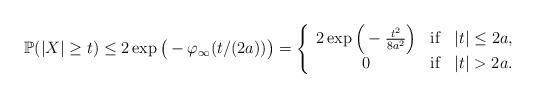
LaTeX: \begin{align*}\mathbb{P}(|X|\ge t)\le 2\exp\big(-\varphi_\infty(t/(2a))\big)=\left\{\begin{array}{ccl}2\exp\Big(-\frac{t^2}{8a^2}\Big) & {\rm if} & |t|\le 2a,\\0 & {\rm if} & |t|>2a.\end{array}\right.\end{align*}